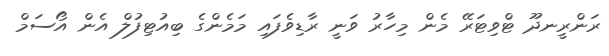
ރަންރީނދޫ ޓްވިޓަރޭ މެން މިހާރު ވަނީ ރާޑިވެފައި މަމެންގެ ބިއުޓިފުލް އެން އޯސަމް